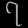
Digit: ၇